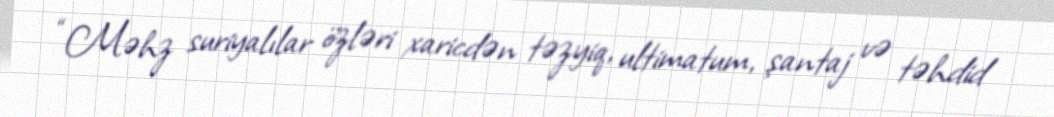
“Məhz suriyalılar özləri xaricdən təzyiq, ultimatum, şantaj və təhdid